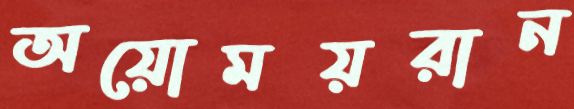
অয়োময়রান